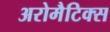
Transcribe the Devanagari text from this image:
अरोमैटिक्स